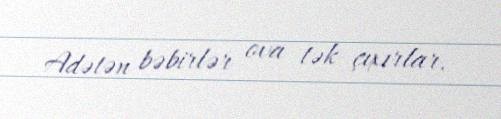
Adətən bəbirlər ova tək çıxırlar.